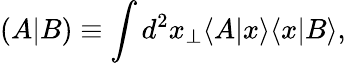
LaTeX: (A|B)\equiv\int d^{2}x_{\perp}\langle A|x\rangle\langle x|B\rangle,